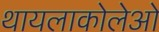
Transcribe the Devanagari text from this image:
थायलाकोलेओ